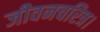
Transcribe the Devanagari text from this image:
जीवनचरित्र।